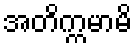
အတိက္ကမာမိ